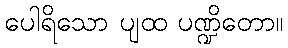
ပေါရိသော ပျထ ပဏ္ဍိတော။